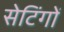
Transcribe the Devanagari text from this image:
सेटिंगों